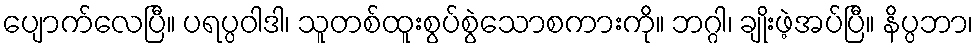
ပျောက်လေပြီ။ ပရပ္ပဝါဒါ၊ သူတစ်ထူးစွပ်စွဲသောစကားကို။ ဘဂ္ဂါ၊ ချိုးဖဲ့အပ်ပြီ။ နိပ္ပဘာ၊